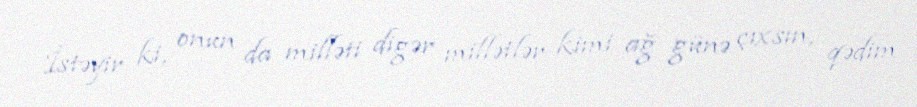
İstəyir ki, onun da milləti digər millətlər kimi ağ günə çıxsın, qədim